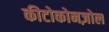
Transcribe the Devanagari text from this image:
कीटोकोनज़ोल